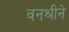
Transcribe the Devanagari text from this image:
वनश्रीने